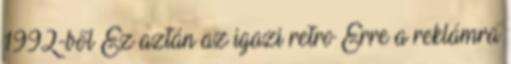
1992-ből Ez aztán az igazi retro Erre a reklámra